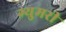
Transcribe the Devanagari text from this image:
ग्युमरी